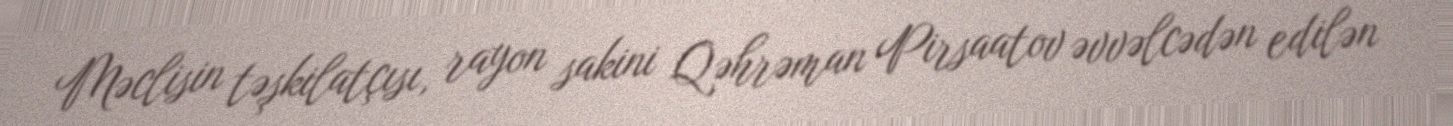
Məclisin təşkilatçısı, rayon sakini Qəhrəman Pirsaatov əvvəlcədən edilən